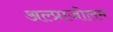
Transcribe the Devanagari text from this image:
अल्प्राजोलम